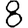
Digit: 8